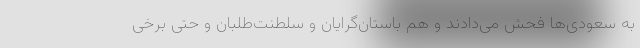
به سعودی‌ها فحش می‌دادند و هم باستان‌گرایان و سلطنت‌طلبان و حتی برخی